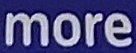
more